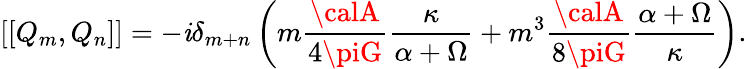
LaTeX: \left[\left[Q_{m},Q_{n}\right]\right]=-\mathit{i}\delta_{m+n}\left(m\frac{{{\calA}}}{{4\piG}}\frac{{\kappa}}{{\alpha+\Omega}}+m^{3}\frac{{{\calA}}}{{8\piG}}\frac{{\alpha+\Omega}}{{\kappa}}\right).